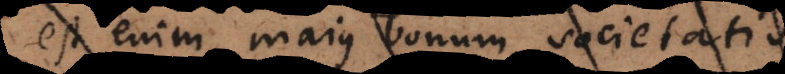
Est enim majus bonum societatis